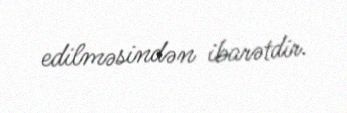
edilməsindən ibarətdir.